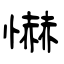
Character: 懗